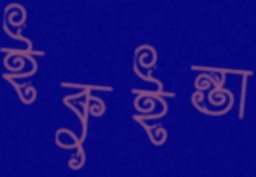
ইকুইন্তা